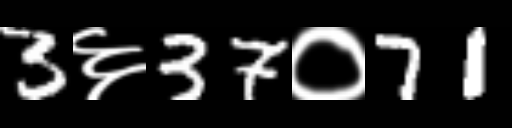
Text: 3६37०71